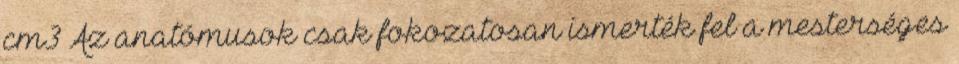
cm3 Az anatómusok csak fokozatosan ismerték fel a mesterséges